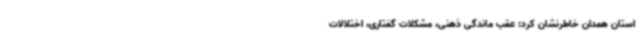
استان همدان خاطرنشان کرد: عقب ماندگی ذهنی، مشکلات گفتاری، اختلالات